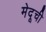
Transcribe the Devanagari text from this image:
मेदूची